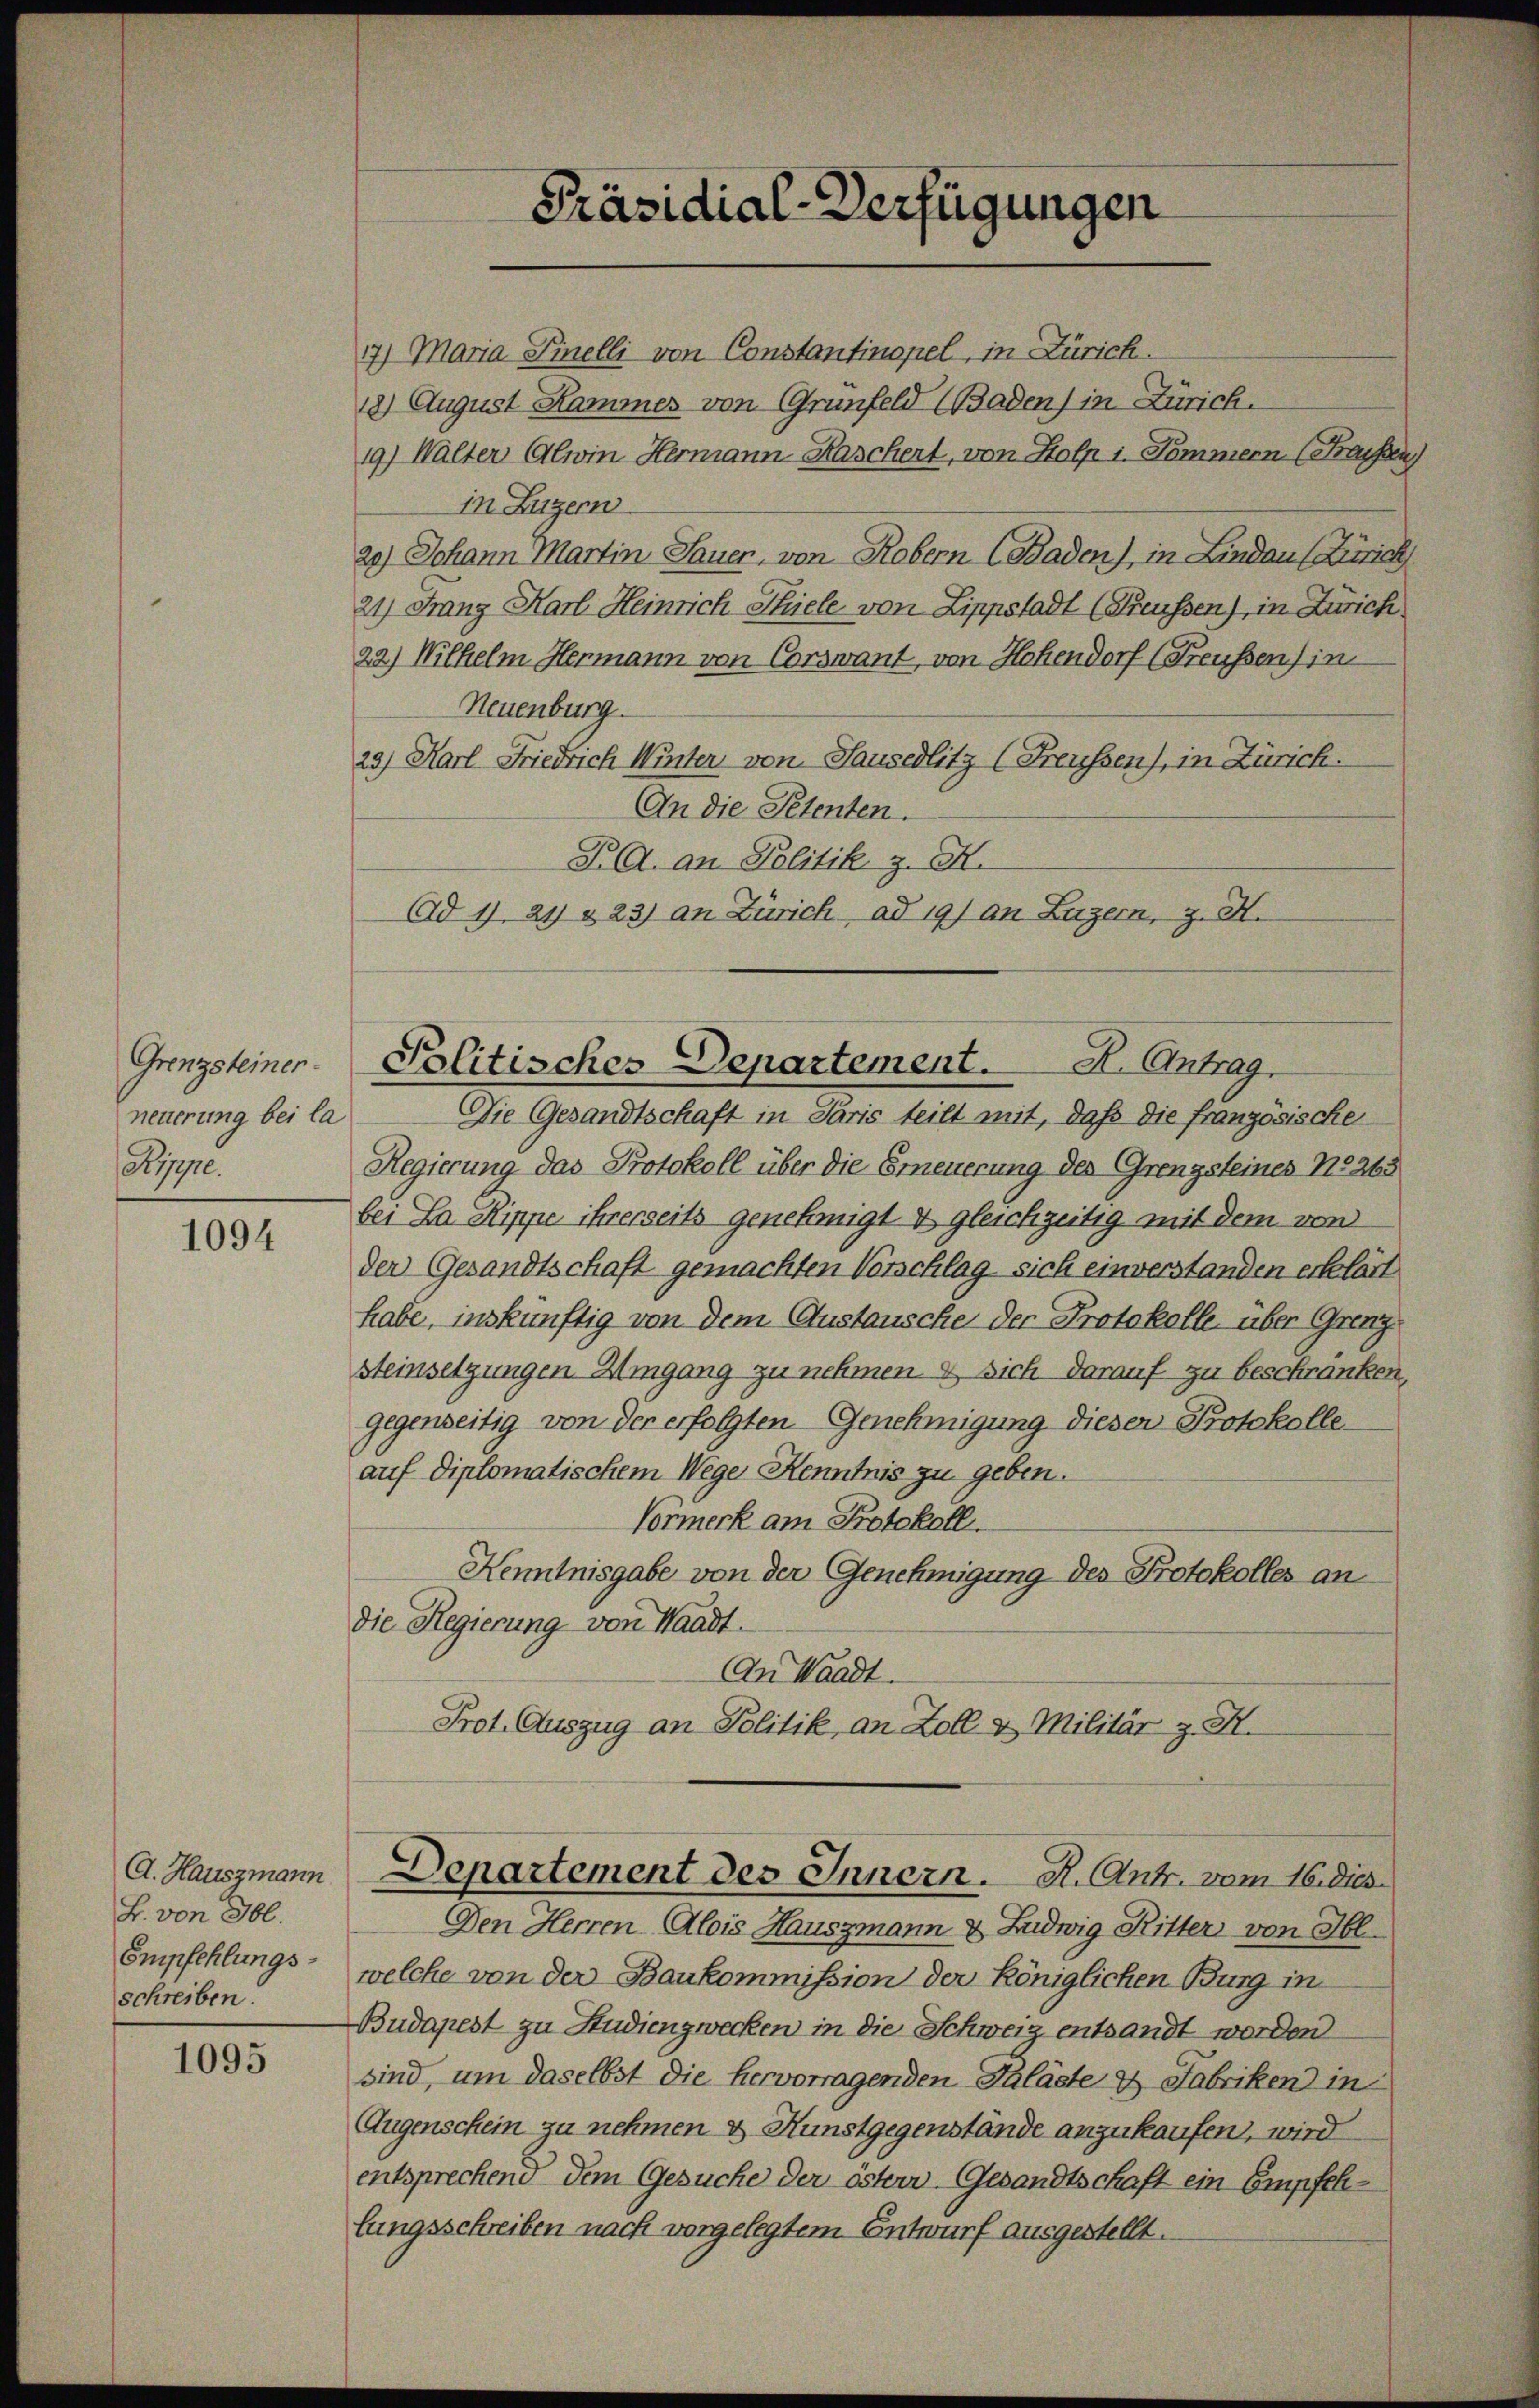
Grenzsteiner.
neuerung bei la
pe.

1094

B. von 366.
Empfehlungsschreiben.

1095

17) Maria Finelli von Constantinopel, in Zürich.
18) August Kammer von Grünfeld (Baden) in Zürich.
19) Walter Alwin Hermann Kaschert, von Holp i. Sommern (Kassen,
in Luzern
20) Johann Martin Sauer, von Robern Geraden), in Lindau (Zürich
21) Franz Karl Heinrich Thiele von Lippstadt (Freussen), in Zürich
22.) Wilhelm Hermann von Corswant, von Hohendorf (Freußen) in
Neuenburg.
29) Karl Friedrich Winter von Hausedlitz (Freussen), in Zürich.
An die Petenten.
PA. an Politik z. K.
Ad 1. 21 & 23) an Zürich ad 19) an Luzern, z. H.

Die Gesandtschaft in Paris teilt mit, daß die französische
Regierung das Protokoll über die Erneuerung des Grenzsteines No 263
bei La Rippe ihrerseits genehmigt & gleichzeitig mit dem von
der Gesandtschaft gemachten Vorschlag sich einverstanden erklärt
habe, inskünftig von dem Austausche der Protokolle, über Grenz-
Steinsetzungen Umgang zu nehmen & sich darauf zu beschränken,
gegenseitig von der erfolgten Genehmigung diesen Protokolle
auf diplomatischem Wege Kenntnis zu geben.
Vormerk am Protokoll.
Kenntnisgabe von der Genehmigung des Protokolles an
die Regierung von Waadt.
An Waadt.
Prot. Auszug an Politik, an Zoll & Militär z. B.

Präsidial-Verfügungen

Politisches Departement. H. Antrag

d. Hauszmann Departement des Innern. A. Antr. vom 16. dies

Den Herren Alois Hauszmann & Ludwig Ritter von Il.
welche von der Baukommission der Königlichen Burg in
Budapest zu Studiengwecken in die Schweiz entsandt worden
sind, um daselbst die hervorragenden Paläste & Fabriken in
Augenschein zu nehmen & Kunstgegenstände anzukaufen, wird
entsprechend dem Gesuche der östern Gesandtschaft ein Empfehlungsschreiben nach vorgelegtem Entwurf ausgestellt.